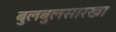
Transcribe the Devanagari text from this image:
बुलबुलसारखा